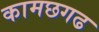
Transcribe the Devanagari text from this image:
कामछगढ